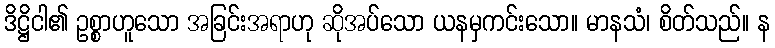
ဒိဋ္ဌိငါ၏ ဥစ္စာဟူသော အခြင်းအရာဟု ဆိုအပ်သော ယနမှကင်းသော။ မာနသံ၊ စိတ်သည်။ န